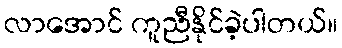
လာအောင် ကူညီနိုင်ခဲ့ပါတယ်။